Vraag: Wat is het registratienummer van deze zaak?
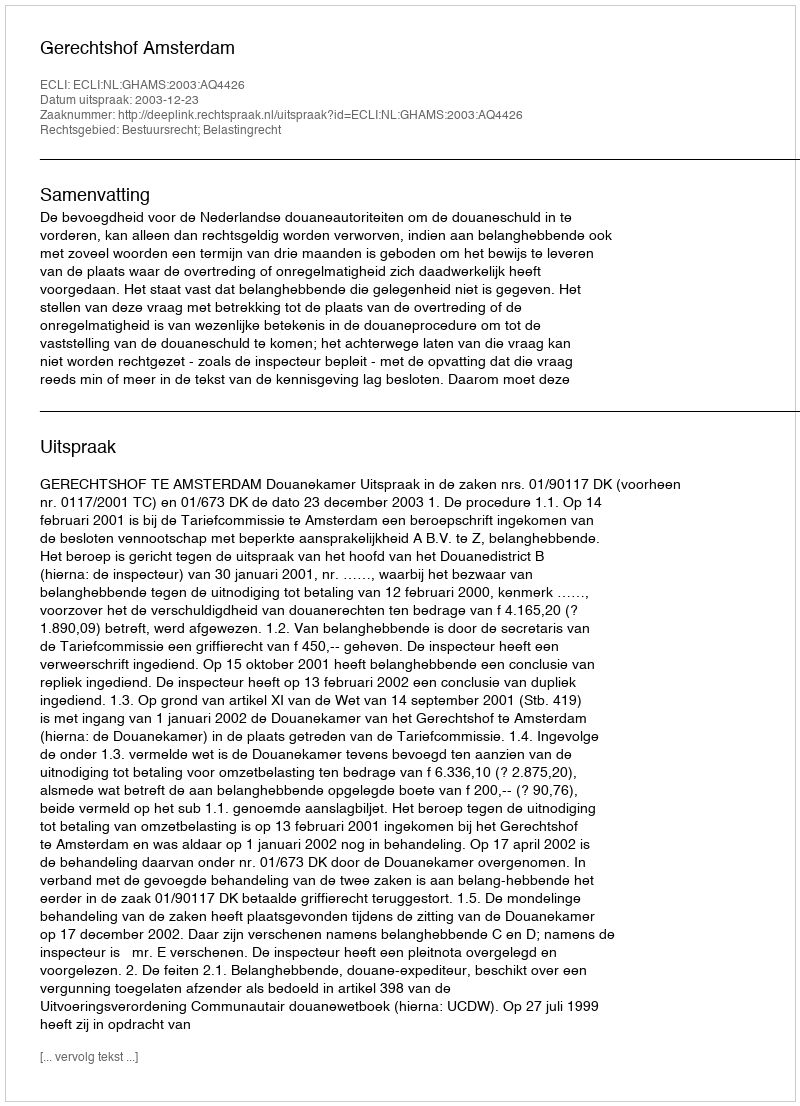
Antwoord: http://deeplink.rechtspraak.nl/uitspraak?id=ECLI:NL:GHAMS:2003:AQ4426